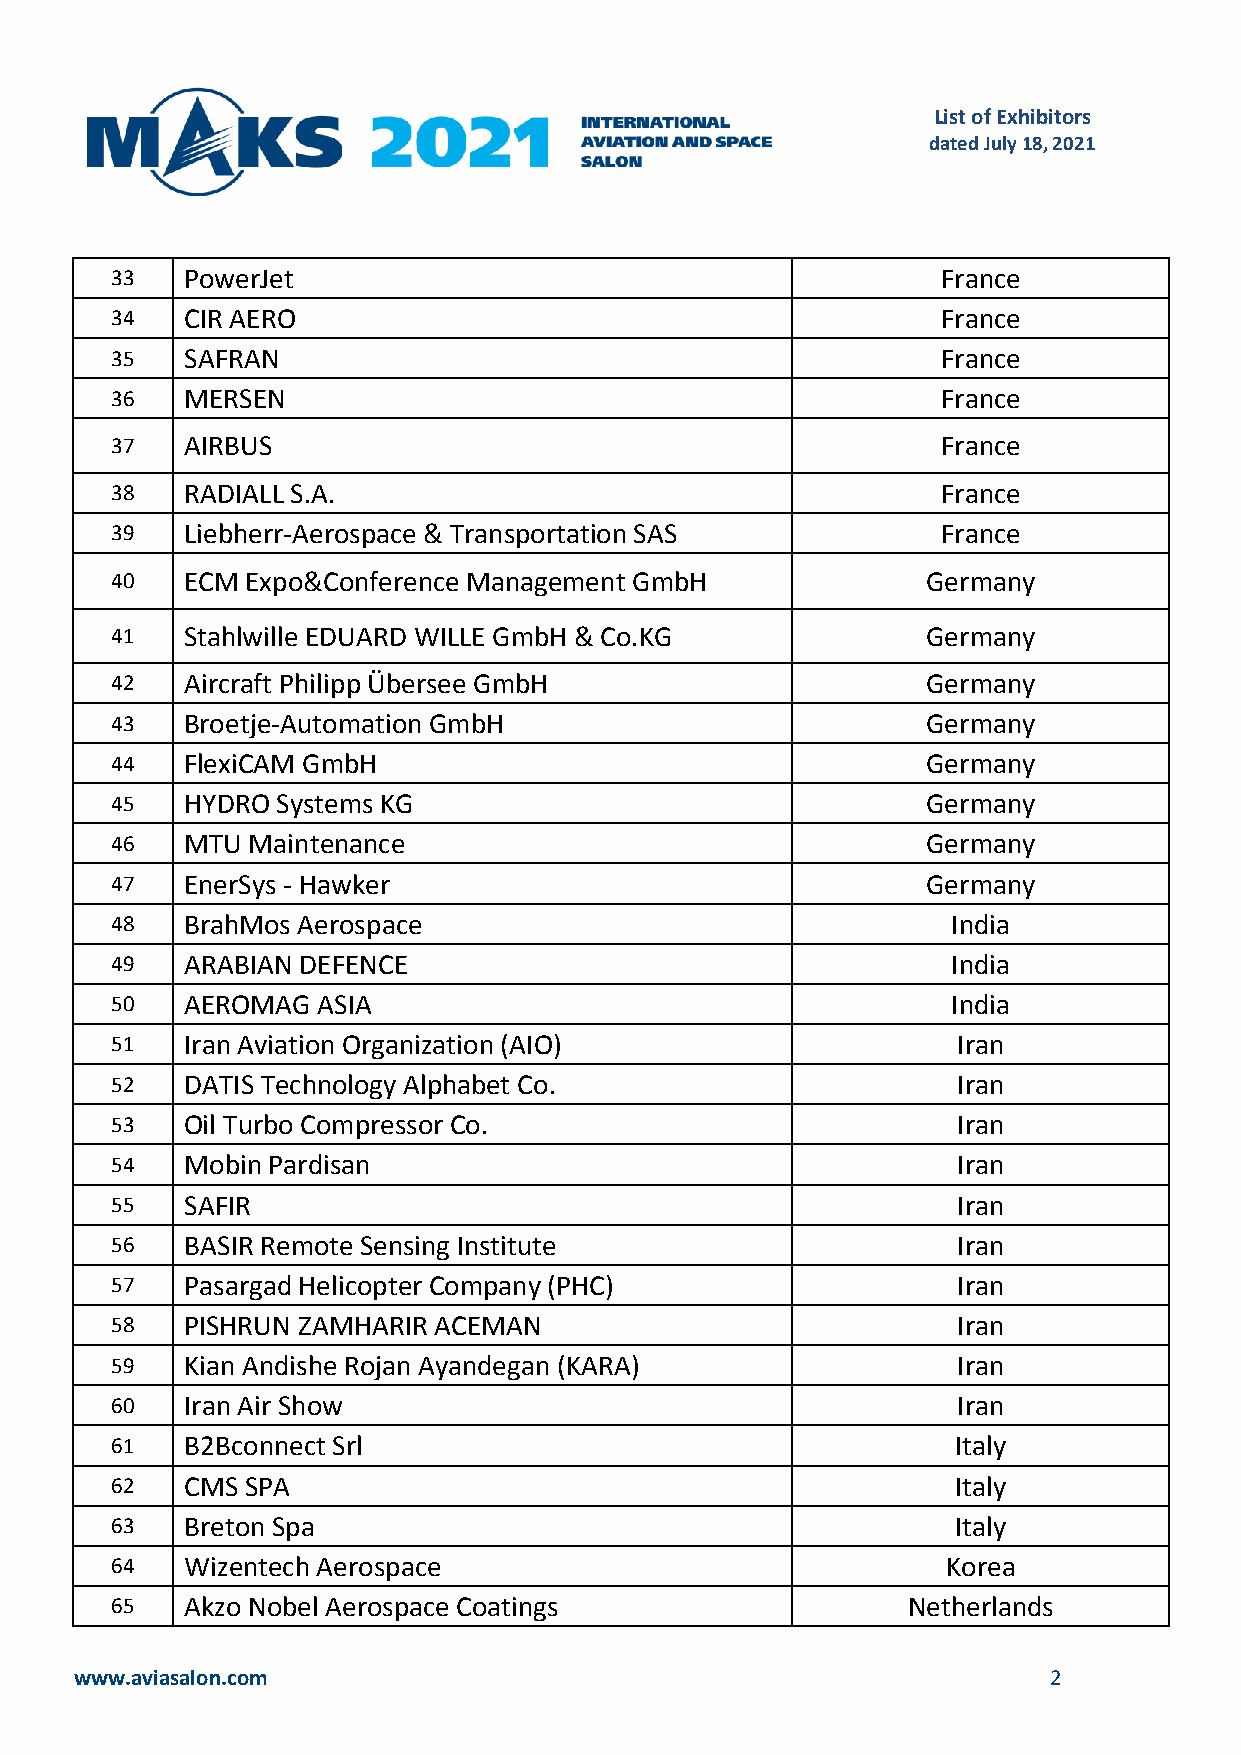
List of Exhibitors
 dated July 18, 2021
 33   PowerJet                                          France
 34   CIR AERO                                          France
 35   SAFRAN                                            France
 36   MERSEN                                            France
 37   AIRBUS                                            France
 38   RADIALL S.A.                                      France
 39   Liebherr-Aerospace & Transportation SAS           France
 40   ECM Expo&Conference Management GmbH              Germany
 41   Stahlwille EDUARD WILLE GmbH & Co.KG             Germany
 42   Aircraft Philipp Übersee GmbH                    Germany
 43   Broetje-Automation GmbH                          Germany
 44   FlexiCAM GmbH                                    Germany
 45   HYDRO Systems KG                                 Germany
 46   MTU Maintenance                                  Germany
 47   EnerSys - Hawker                                 Germany
 48   BrahMos Aerospace                                  India
 49   ARABIAN DEFENCE                                    India
 50   AEROMAG  ASIA                                      India
 51   Iran Aviation Organization (AIO)                   Iran
 52   DATIS Technology Alphabet Co.                      Iran
 53   Oil Turbo Compressor Co.                           Iran
 54   Mobin Pardisan                                     Iran
 55   SAFIR                                              Iran
 56   BASIR Remote Sensing Institute                     Iran
 57   Pasargad Helicopter Company (PHC)                  Iran
 58   PISHRUN ZAMHARIR ACEMAN                            Iran
 59   Kian Andishe Rojan Ayandegan (KARA)                Iran
 60   Iran Air Show                                      Iran
 61   B2Bconnect Srl                                     Italy
 62   CMS SPA                                            Italy
 63   Breton Spa                                         Italy
 64   Wizentech Aerospace                                Korea
 65   Akzo Nobel Aerospace Coatings                   Netherlands
 www.aviasalon.com                                               2